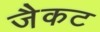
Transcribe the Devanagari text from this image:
जैकट